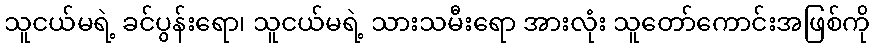
သူငယ်မရဲ့ ခင်ပွန်းရော၊ သူငယ်မရဲ့ သားသမီးရော အားလုံး သူတော်ကောင်းအဖြစ်ကို